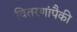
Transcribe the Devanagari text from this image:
वितरणांपैकी